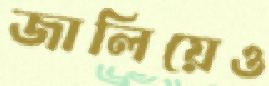
জালিয়েও